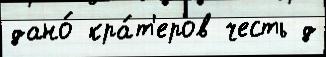
дано́ кра́т'еров честь д